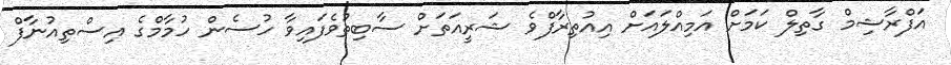
އަފްރާޝިމް ގާތިލް ކަމަށް އަމިއްލައަށް އިއުތިރާފްވެ ޝަރީއަތަށް ސާބިތުވެފައިވާ ހުސެން ހުމާމްގެ އިސްތިއުނާފް